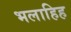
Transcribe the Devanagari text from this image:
भलाहिह